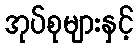
အုပ်စုများနှင့်